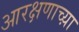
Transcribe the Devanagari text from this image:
आरक्षणाच्य़ा